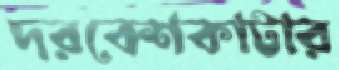
দরবেশকাটার